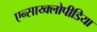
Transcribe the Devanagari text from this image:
एन्साय्क्लोपीडिया